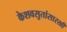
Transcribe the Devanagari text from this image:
केशवसुतांसारखी